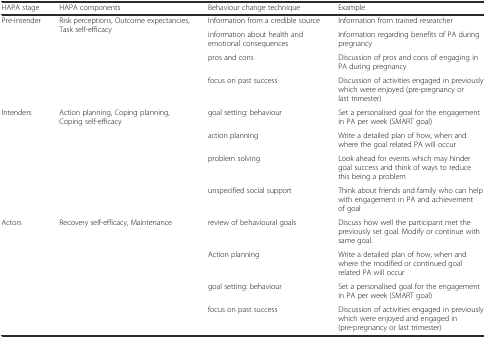
| HAPA stage | HAPA components | Behaviour change technique | Example |
 | --- | --- | --- | --- |
 | <ROWSPAN=4> Pre-intender | <ROWSPAN=4> Risk perceptions, Outcome expectancies, Task self-efficacy | Information from a credible source | Information from trained researcher |
 | information about health and emotional consequences | Information regarding benefits of PA during pregnancy |
 | pros and cons | Discussion of pros and cons of engaging in PA during pregnancy |
 | focus on past success | Discussion of activities engaged in previously which were enjoyed (pre-pregnancy or last trimester) |
 | <ROWSPAN=4> Intenders | <ROWSPAN=4> Action planning, Coping planning, Coping self-efficacy | goal setting: behaviour | Set a personalised goal for the engagement in PA per week (SMART goal) |
 | action planning | Write a detailed plan of how, when and where the goal related PA will occur |
 | problem solving | Look ahead for events which may hinder goal success and think of ways to reduce this being a problem |
 | unspecified social support | Think about friends and family who can help with engagement in PA and achievement of goal |
 | <ROWSPAN=4> Actors | <ROWSPAN=4> Recovery self-efficacy, Maintenance | review of behavioural goals | Discuss how well the participant met the previously set goal. Modify or continue with same goal. |
 | Action planning | Write a detailed plan of how, when and where the modified or continued goal related PA will occur |
 | goal setting: behaviour | Set a personalised goal for the engagement in PA per week (SMART goal) |
 | focus on past success | Discussion of activities engaged in previously which were enjoyed and engaged in (pre-pregnancy or last trimester) |